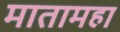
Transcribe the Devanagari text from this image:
मातामहा